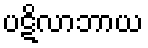
ပဋိလာဘာယ